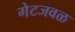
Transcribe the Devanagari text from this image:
गेटजवळ